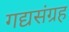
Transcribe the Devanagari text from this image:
गद्यसंग्रह